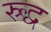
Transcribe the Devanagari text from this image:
स्र्द्ध